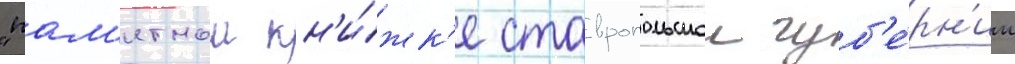
"пам'ятнои кн'и́жк'е ставропольскои губ'е́рн'ии